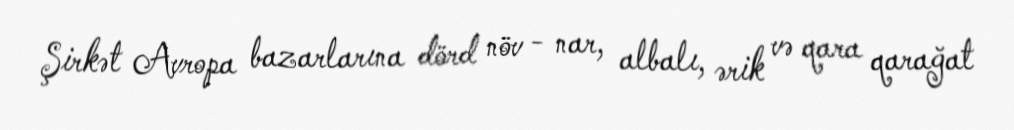
Şirkət Avropa bazarlarına dörd növ - nar, albalı, ərik və qara qarağat